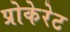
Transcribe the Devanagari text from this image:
प्रोकेरेट